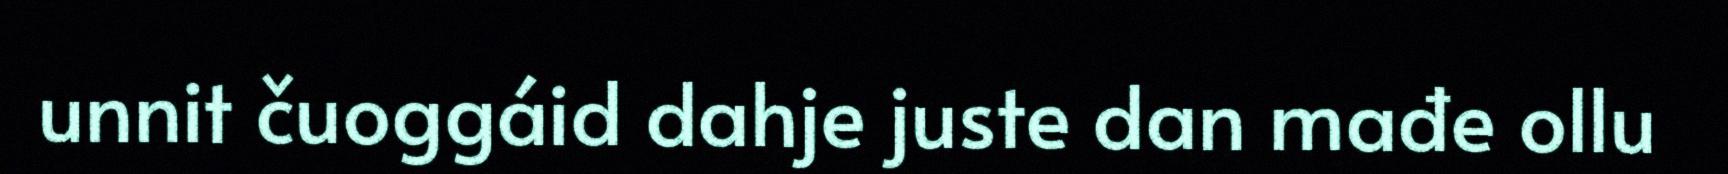
unnit čuoggáid dahje juste dan mađe ollu